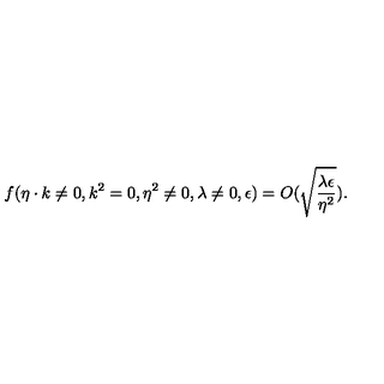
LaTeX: f ( \eta \cdot k \neq 0 , k ^ { 2 } = 0 , \eta ^ { 2 } \neq 0 , \lambda \neq 0 , \epsilon ) = O ( \sqrt { { \frac { \lambda \epsilon } { \eta ^ { 2 } } } } ) .